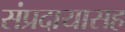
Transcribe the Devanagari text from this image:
संप्रदायासह